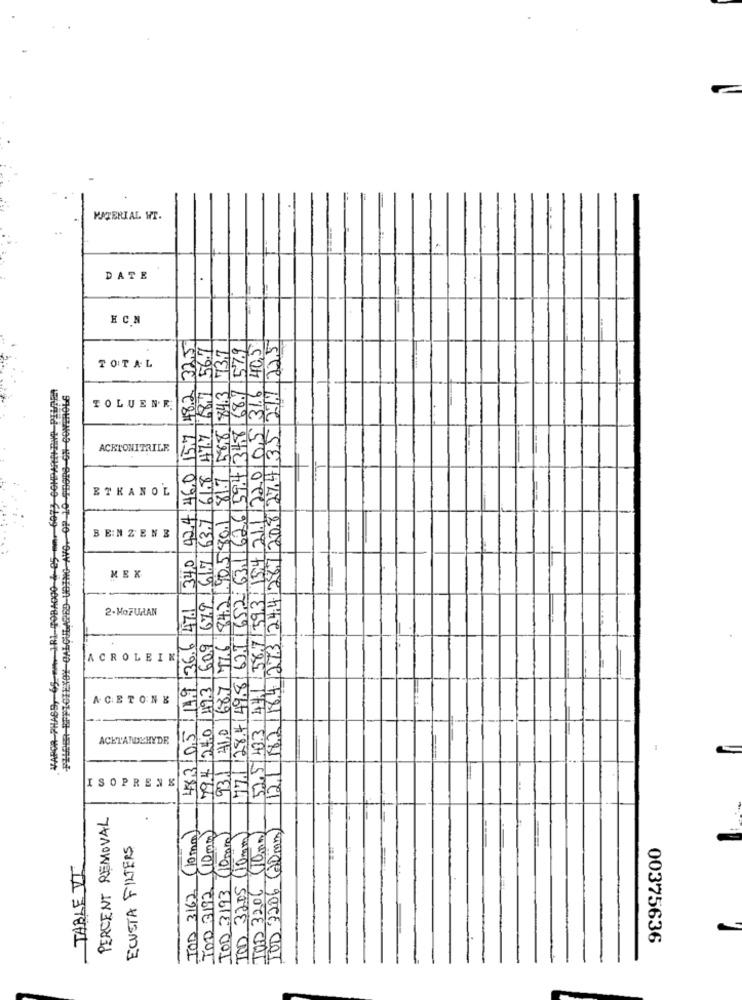
MATERIAL WT.
DATE
HCN
42,4, 46.0 15.7 482 325
47.7 68.7 56.7
40,5
22,5
73.7
57.9
TOTAL
6073 COMPARTIHANG PILLER
PHIPER BPPICIEXOX CALCULARED-UBING AVO. OP 10 PDOP8-ON CONTROLS
687 776 842 905 801 817 588 843
68.7
TOLUEN R.
626/594 348
52,5 48.31441 /58,7593: 154 211 2200
121182 84, 273 244287 2082743
ACETONITRILE
79.4 240 49.3 609 679 617 637 61.8
ETHANOL
77. 284 49.8 621 652 631 62
BENZENE
14.9 36.6 47.1 34,0
MEX
VAPOR-PHASE, 65-mm-1R19OBA
2-HOFUAAN
ACROLEIN
ACETONE
483/05
93.1 440
ACETANDEHYDR
ISOPRENK
PERCENT REMOVAL
TOD 3162 (10mm)
(10m)
IVD 3206 (20mm)
TOD 3193 (10mm)
IND 32.05 (10mm)
JUD 3206 (10mm)
ECUSTA FILTERS
TABLE VI
TOD 3192
00375636